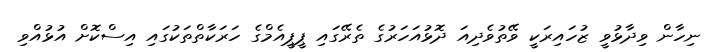
ނިހާން ވިދާޅުވީ ޒުހައިރަކީ ވޭތުވެދިއަ ދޮޅުއަހަރުގެ ތެރޭގައި ޕީޕީއެމްގެ ހަރަކާތްތަކުގައި އިސްކޮށް އުޅުއްވި